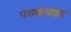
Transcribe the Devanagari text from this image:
पराकसाइड